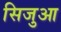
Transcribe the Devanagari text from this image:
सिजुआ